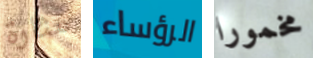
مثارة الرؤساء مخمورا